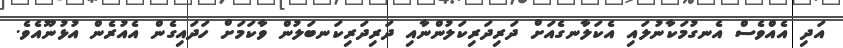
އަދި އެއްވެސް އެނގުމަކާނުލައި އެކަލާނގެއަށް ދަރިދަރިކަލުންނާއި ދަރިދަރިކަނބަލުން ވާކަމަށް ހަދައިގެން އެއުރެން އުޅުނޫއެވެ.